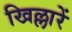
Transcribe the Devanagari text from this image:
खिल्लारें